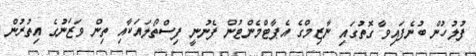
ފުލުހުން ބުނެފައިވާ ގޮތުގައި ނާޒިމްގެ އެޕާޓްމެންޓުން ފެނުނީ ފިސްތޯލައަކާއި ތިން ވަޒަނުގެ އިތުރުން